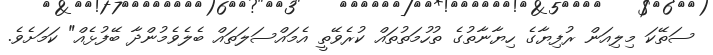
ސަތޭކަ މިލިއަން ރުފިޔާގެ ހިޔާނާތުގެ ތުހުމަތުތައް ކުރެވޭތީ އެމައްސަލަތައް ބެލެވެމުންދާ ބޭފުޅެއް" ކަމަށެވެ.